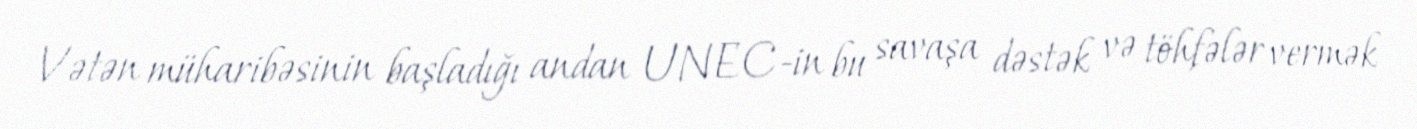
Vətən müharibəsinin başladığı andan UNEC-in bu savaşa dəstək və töhfələr vermək